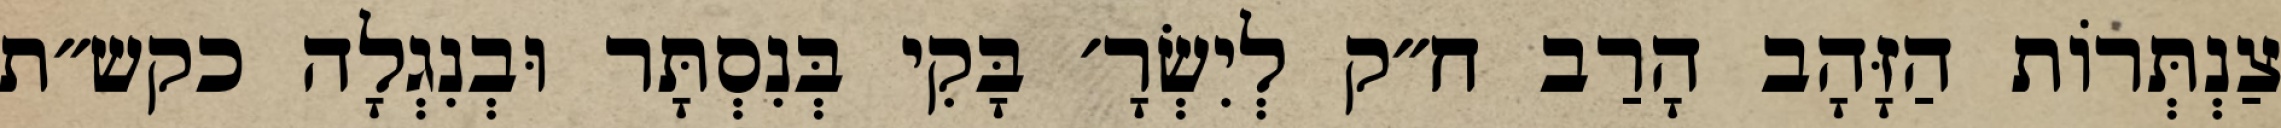
צַנְתְּרוֹת הַזָּהָב הָרַב ח״ק לְיִשְׂרָ׳ בָּקִי בְּנִסְתָּר וּבְנִגְלָה כקש״ת